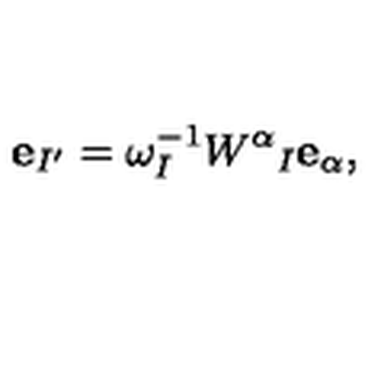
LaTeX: { \bf e } _ { I ^ { \prime } } = \omega _ { I } ^ { - 1 } W ^ { \alpha } { } _ { I } { \bf e } _ { \alpha } ,